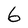
Character: 6